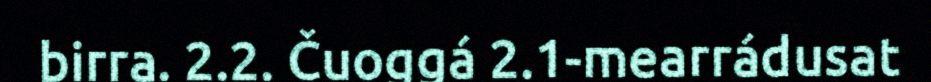
birra. 2.2. Čuoggá 2.1-mearrádusat